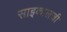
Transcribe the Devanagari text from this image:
साइकालजी